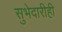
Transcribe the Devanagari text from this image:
सुभेदारीही